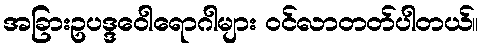
အခြားဥပဒ္ဒဝေါရောဂါများ ဝင်လာတတ်ပါတယ်။